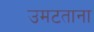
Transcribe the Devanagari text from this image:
उमटताना